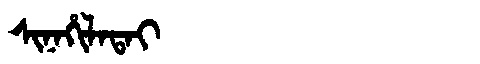
Manchu: ᠰᡳᠨᠠᡥᡳᠯᠠᡨᠠᡳ
Romanization: SINAHILATAI